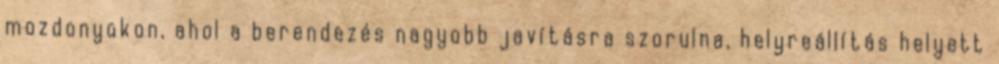
mozdonyokon, ahol a berendezés nagyobb javításra szorulna, helyreállítás helyett